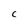
Character: C